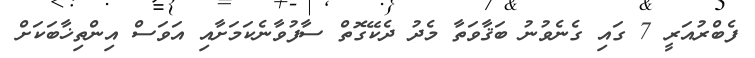
ފެބްރުއަރީ 7 ގައި ގެނެވުނު ބަޤާވަތާ މެދު ދެކޭގޮތް ސާފުވާނެކަމަށާއި އަވަސް އިންތިޚާބަކަށް